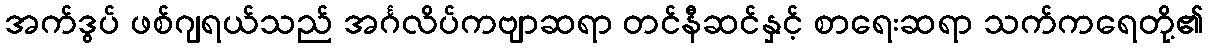
အက်ဒွပ် ဖစ်ဂျရယ်သည် အင်္ဂလိပ်ကဗျာဆရာ တင်နီဆင်နှင့် စာရေးဆရာ သက်ကရေတို့၏